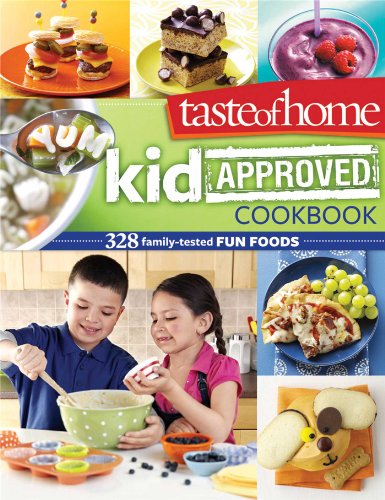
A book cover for Taste of Home Kid-Approved Cookbook: 328 Family Tested Fun Foods; Taste Of Home; Children's Books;